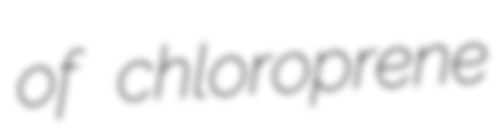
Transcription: of chloroprene